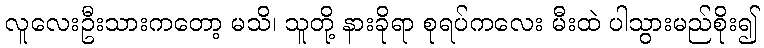
လူလေးဦးသားကတော့ မသိ၊ သူတို့ နားခိုရာ စုရပ်ကလေး မီးထဲ ပါသွားမည်စိုး၍